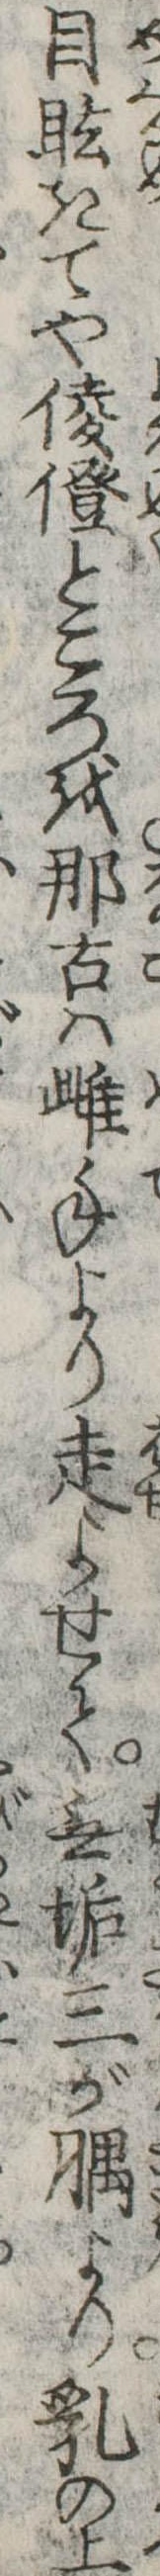
目眩きてや倰僜ところを那古は雌手より走よせて無垢三がより乳の上